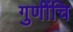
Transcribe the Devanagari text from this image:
गुणींचि